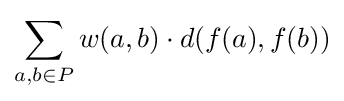
\sum _{a,b\in P}w(a,b)\cdot d(f(a),f(b))